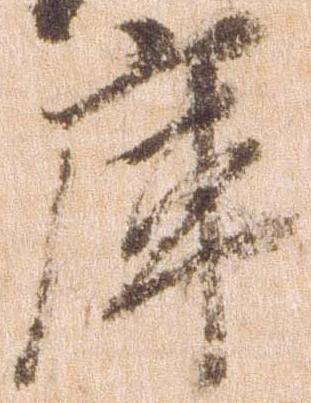
庫